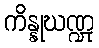
ကိန္နုဃဏ္ဍု